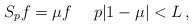
LaTeX: \begin{align*}S_pf=\mu f~~~~p|1-\mu|<L\,,\end{align*}